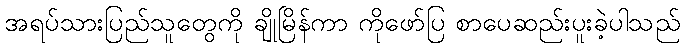
အရပ်သားပြည်သူတွေကို ချိုမြိန်ကာ ကိုဖော်ပြ စာပေဆည်းပူးခဲ့ပါသည်